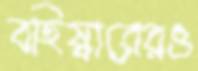
বহিষ্কারেরও